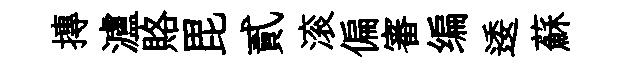
摶瀘賂毘貳滚偏審编逶蘇